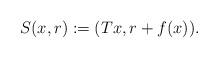
LaTeX: \begin{align*}S(x,r):=(Tx,r+f(x)).\end{align*}